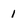
Character: 1